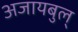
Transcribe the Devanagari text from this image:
अजायबुल्